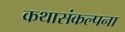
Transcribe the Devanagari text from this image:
कथासंकल्पना